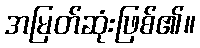
အမြတ်ဆုံးဖြစ်၏။